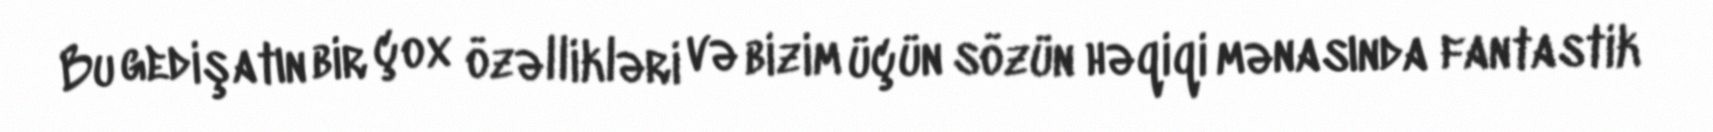
Bu gedişatın bir çox özəllikləri və bizim üçün sözün həqiqi mənasında fantastik